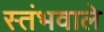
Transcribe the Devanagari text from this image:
स्तंभवाले